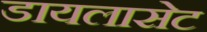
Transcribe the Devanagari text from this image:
डायलासेट